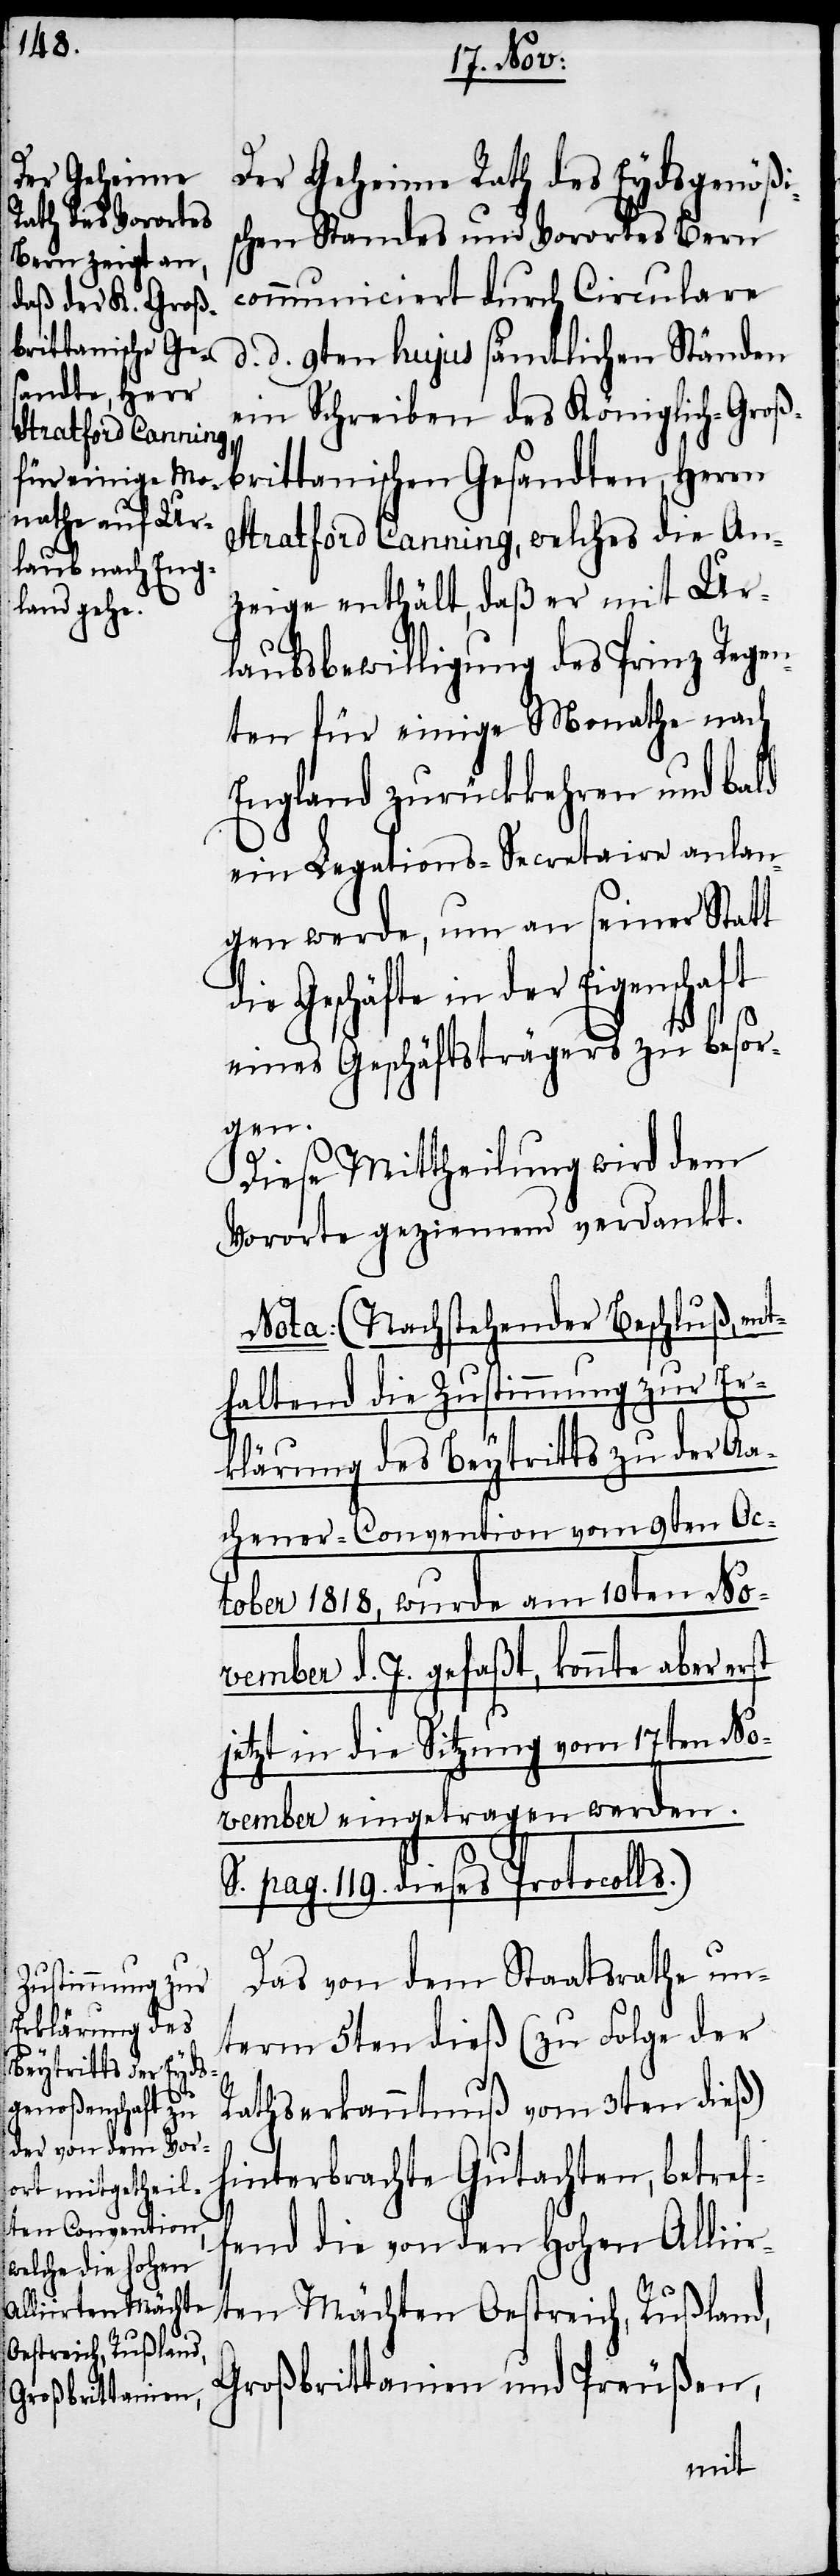
Der Geheime Rath des Eydsgenößi¬
schen Standes und Vorortes Bern
communiciert durch Circulare
d. 9ten hujus sämtlichen Ständen
ein Schreiben des Königlich-Groß¬
brittanischen Gesandten, Herrn
Stratford Canning, welches die An¬
zeige enthält, daß er mit Ur¬
laubsbewilligung des Prinz Regen¬
ten für einige Monathe nach
England zurückkehren und bald
ein Legations-Secretaire anlan¬
gen werde, um an seiner Statt
Geschäfte in der Eigenschaft
eines Geschäftsträgers zu besor¬
gen.
Diese Mittheilung wird dem
Vororte geziemend verdankt.
Nota: (Nachstehender Beschluß, ent¬
haltend die Zustimmung zur Er¬
klärung des Beytritts zu der Aa¬
chener-Convention vom 9ten Oc¬
tober 1818, wurde am 10ten No¬
vember d. J. gefaßt, konnte aber erst
jetzt in die Sitzung vom 17ten No¬
vember eingetragen werden.
S. pag. 119. dieses Protocolls.)
Das von dem Staatsrathe un¬
term 5ten dieß (zu Folge der
Rathserkanntnuß vom 3ten dieß)
hinterbrachte Gutachten, betref¬
fend die von den Hohen Allii¬
rten Mächten Oestreich, Rußland,
Großbrittanien und Preußen,